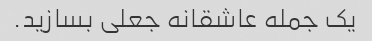
یک جمله عاشقانه جعلی بسازید.